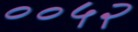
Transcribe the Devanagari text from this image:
००५२